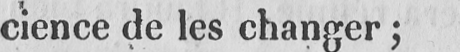
cience de les changer;